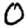
Digit: 0